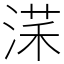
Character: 㴕